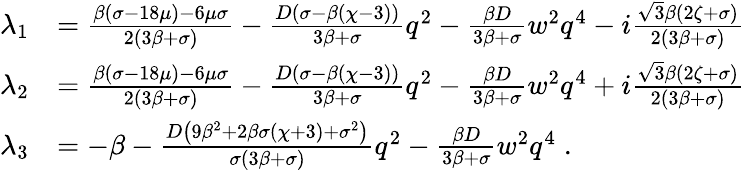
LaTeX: \begin{array}{rl}{\lambda_{1}}&{=\frac{\beta(\sigma-18\mu)-6\mu\sigma}{2(3\beta+\sigma)}-\frac{D(\sigma-\beta(\chi-3))}{3\beta+\sigma}q^{2}-\frac{\beta D}{3\beta+\sigma}w^{2}q^{4}-i\frac{\sqrt{3}\beta(2\zeta+\sigma)}{2(3\beta+\sigma)}}\\ {\lambda_{2}}&{=\frac{\beta(\sigma-18\mu)-6\mu\sigma}{2(3\beta+\sigma)}-\frac{D(\sigma-\beta(\chi-3))}{3\beta+\sigma}q^{2}-\frac{\beta D}{3\beta+\sigma}w^{2}q^{4}+i\frac{\sqrt{3}\beta(2\zeta+\sigma)}{2(3\beta+\sigma)}}\\ {\lambda_{3}}&{=-\beta-\frac{D\left(9\beta^{2}+2\beta\sigma(\chi+3)+\sigma^{2}\right)}{\sigma(3\beta+\sigma)}q^{2}-\frac{\beta D}{3\beta+\sigma}w^{2}q^{4}\; .}\end{array}